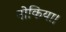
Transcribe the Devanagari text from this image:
नोकिया।